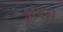
કાયરો